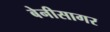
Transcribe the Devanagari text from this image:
बेनीसागर